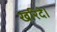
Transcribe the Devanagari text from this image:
खरिदे।